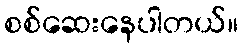
စစ်ဆေးနေပါတယ်။